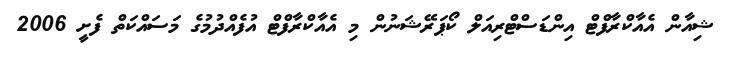
ޝިއާން އެއާކްރާފްޓް އިންޑަސްޓްރިއަލް ކޯޕަރޭޝަނުން މި އެއާކްރާފްޓް އުފެއްދުމުގެ މަސައްކަތް ފެށީ 2006